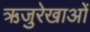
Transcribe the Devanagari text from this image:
ऋजुरेखाओं